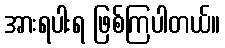
အားရပါးရ ဖြစ်ကြပါတယ်။